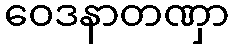
ဝေဒနာတဏှာ